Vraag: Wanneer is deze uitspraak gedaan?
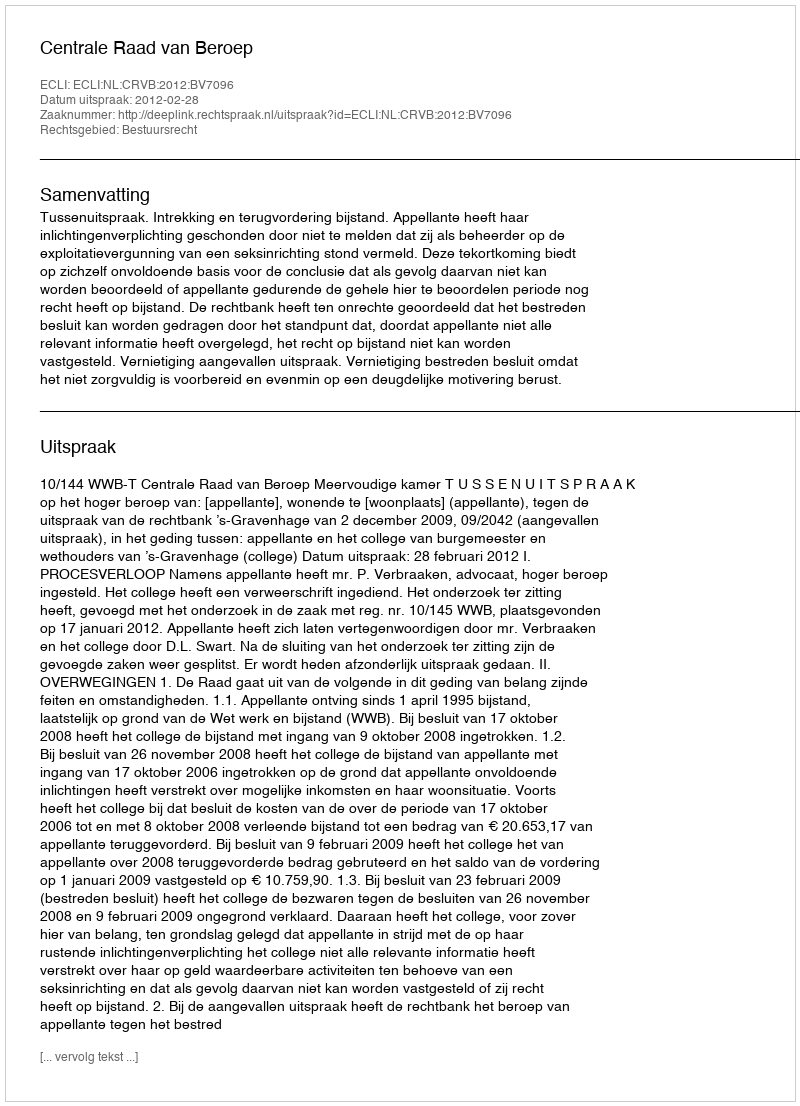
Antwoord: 2012-02-28